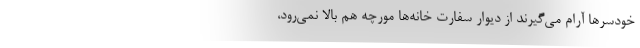
خودسرها آرام می‌گیرند از دیوار سفارت خانه‌ها مورچه هم بالا نمی‌رود،